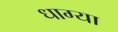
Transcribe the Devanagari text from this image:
धाग्या